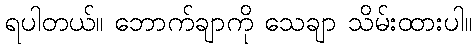
ရပါတယ်။ ဘောက်ချာကို သေချာ သိမ်းထားပါ။